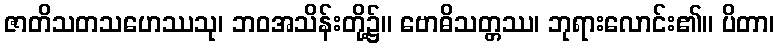
ဇာတိသတသဟေဿသု၊ ဘဝအသိန်းတို့၌။ ဗောဓိသတ္တဿ၊ ဘုရားလောင်း၏။ ပိတာ၊